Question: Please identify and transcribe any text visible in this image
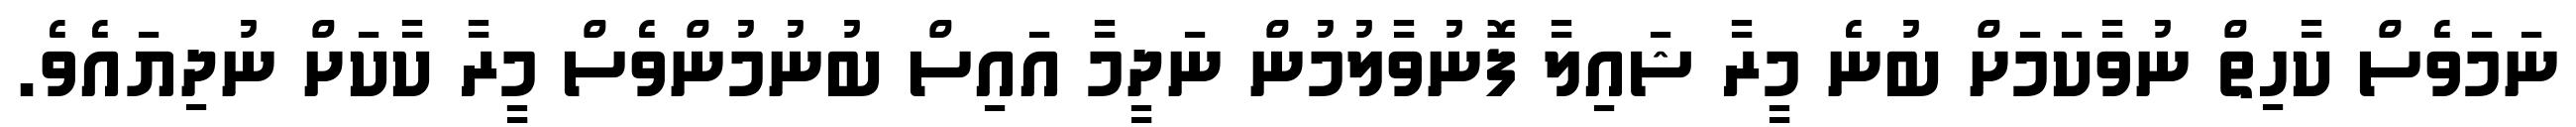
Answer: ނަމަވެސް ކާހިތް ނުވާކަމަށް ބުނެ މީރާ ޝައިލާ ފޮނުވާލުމުން ނަދީމާ އައިސް ބުނުމުންވެސް މީރާ ކާކަށް ނުދިޔައެވެ.